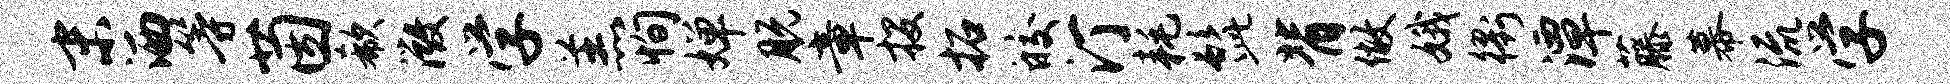
末洒等茵欷微学羔恂婵脱章投拓皎汀耗髭背做娥衢潭藤幕流学